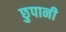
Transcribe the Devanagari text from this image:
छुपानी